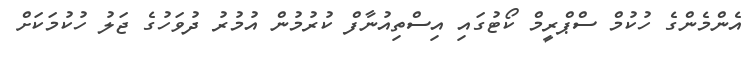
އެންމެންގެ ހުކުމް ސްޕްރީމް ކޯޓުގައި އިސްތިއުނާފް ކުރުމުން އުމުރު ދުވަހުގެ ޖަލު ހުކުމަކަށް